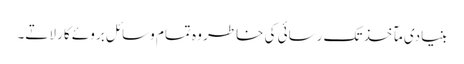
بنیادی مآخذ تک رسائی کی خاطر وہ تمام وسائل بروئے کار لاتے۔